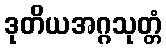
ဒုတိယအဂ္ဂသုတ္တံ